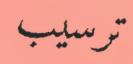
ترسيب